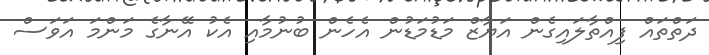
ދަތްތައް ފިއްތާލައިގެން އަޔާޒް މަޑުމަޑުން އެހެން ބުނުމާއި އެކު އޭނާގެ މަންމަ އަވަސް